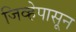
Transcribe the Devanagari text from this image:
जिव्हेपासून